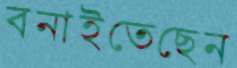
বনাইতেছেন